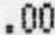
.00